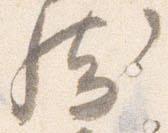
然